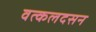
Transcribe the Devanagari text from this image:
वत्कलदसन